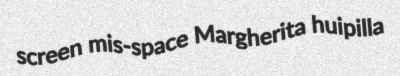
screen mis-space Margherita huipilla